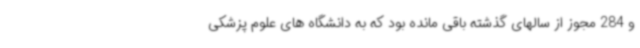
و 284 مجوز از سالهای گذشته باقی مانده بود که به دانشگاه های علوم پزشکی